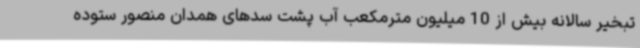
تبخیر سالانه بیش از 10 میلیون مترمکعب آب پشت سدهای همدان منصور ستوده